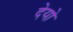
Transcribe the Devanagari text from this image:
देयो